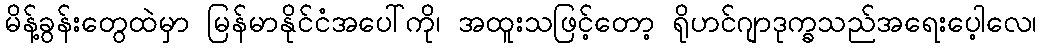
မိန့်ခွန်းတွေထဲမှာ မြန်မာနိုင်ငံအပေါ်ကို၊ အထူးသဖြင့်တော့ ရိုဟင်ဂျာဒုက္ခသည်အရေးပေ့ါလေ၊